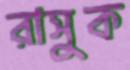
রাসুক